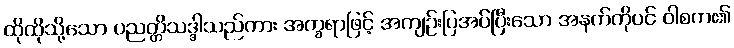
ထိုထိုသို့သော ပညတ္တိသဒ္ဒါသည်ကား အက္ခရာဖြင့် အကျဉ်းပြအပ်ပြီးသော အနက်ကိုပင် ဝါစက၏